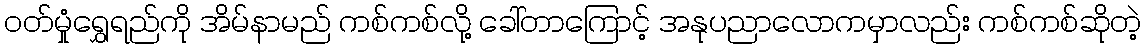
ဝတ်မှုံရွှေရည်ကို အိမ်နာမည် ကစ်ကစ်လို့ ခေါ်တာကြောင့် အနုပညာလောကမှာလည်း ကစ်ကစ်ဆိုတဲ့